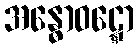
အန္ဓောဝဋ္ဋော